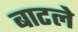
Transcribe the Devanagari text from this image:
बाटले